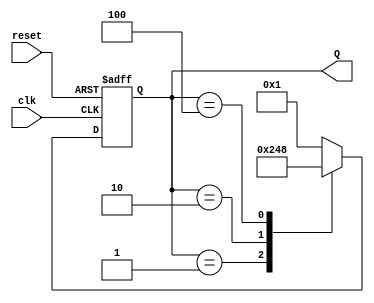
module ring_counter (
    input wire clk,      // Clock input
    input wire reset,    // Reset signal
    output reg [3:0] Q   // 4-bit output representing the state
);

// State encoding
localparam S0 = 4'b0001; // State 0
localparam S1 = 4'b0010; // State 1
localparam S2 = 4'b0100; // State 2
localparam S3 = 4'b1000; // State 3

// Sequential logic for state transitions
always @(posedge clk or posedge reset) begin
    if (reset) begin
        Q <= S0; // Initialize to State 0 on reset
    end else begin
        case (Q)
            S0: Q <= S1; // Transition from State 0 to State 1
            S1: Q <= S2; // Transition from State 1 to State 2
            S2: Q <= S3; // Transition from State 2 to State 3
            S3: Q <= S0; // Transition from State 3 back to State 0
            default: Q <= S0; // Default case to handle unexpected states
        endcase
    end
end

endmodule